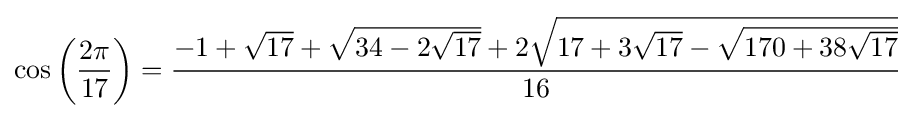
\cos \left({\frac {2\pi }{17}}\right)={\frac {-1+{\sqrt {17}}+{\sqrt {34-2{\sqrt {17}}}}+2{\sqrt {17+3{\sqrt {17}}-{\sqrt {170+38{\sqrt {17}}}}}}}{16}}